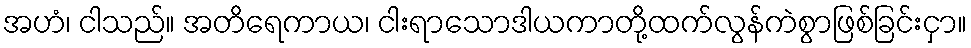
အဟံ၊ ငါသည်။ အတိရေကာယ၊ ငါးရာသောဒါယကာတို့ထက်လွန်ကဲစွာဖြစ်ခြင်းငှာ။